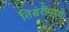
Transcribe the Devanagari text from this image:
तिसरीमध्ये